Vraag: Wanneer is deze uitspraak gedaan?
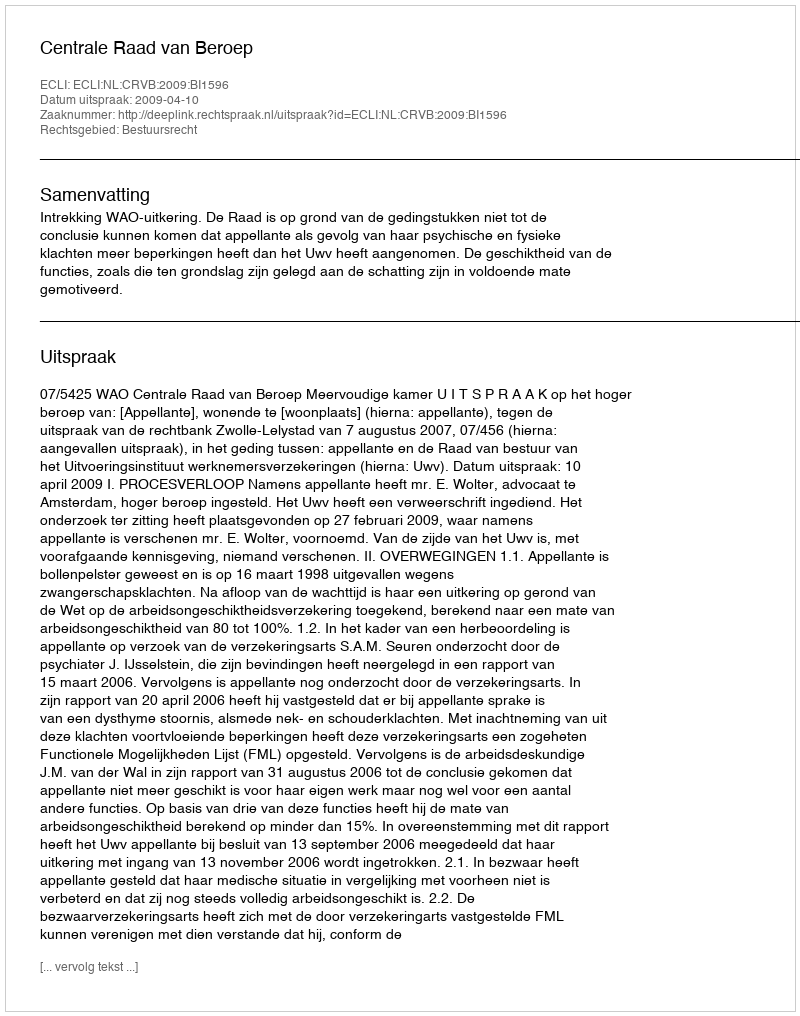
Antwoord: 2009-04-10